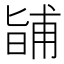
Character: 𭦰